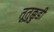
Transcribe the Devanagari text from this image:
तूतुक्कुडी